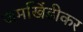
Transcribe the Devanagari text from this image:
जमखिंडीकर